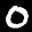
Digit: 0